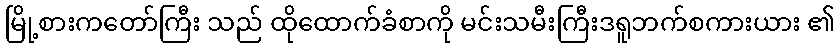
မြို့စားကတော်ကြီး သည် ထိုထောက်ခံစာကို မင်းသမီးကြီးဒရူဘက်စကားယား ၏